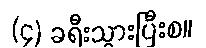
(၄) ခရီးသွားပြီးစ။